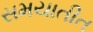
સમયાતીત